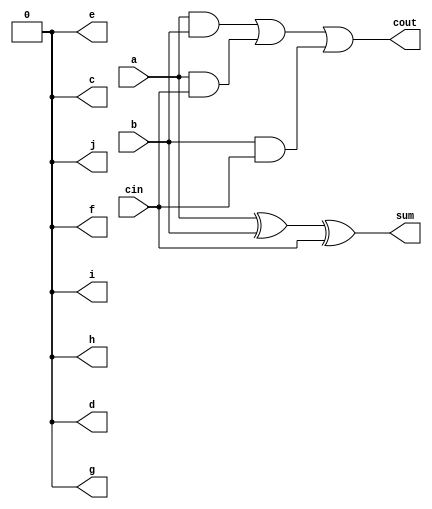
module ictfulladder(a,b,cin,sum,cout,c,d,e,f,g,h,i,j);
	input a,b,cin;
	output sum,cout,c,d,e,f,g,h,i,j;
	assign sum=a^b^cin;
	assign cout=(a&b)|(a&cin)|(b&cin);
	assign c=1'b0;
	assign d=1'b0;
	assign e=1'b0;
	assign f=1'b0;
	assign g=1'b0;
	assign h=1'b0;
	assign i=1'b0;
	assign j=1'b0;
endmodule